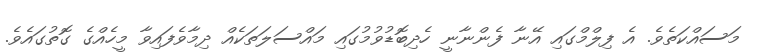
މަސައްކަތެވެ. އެ ފިލްމްގައި އޭނާ ފެންނާނީ ހެދިބޮޑުވުމުގައި މައްސަލަތަކެއް ދިމާވެފައިވާ މީހެއްގެ ގޮތުގައެވެ.